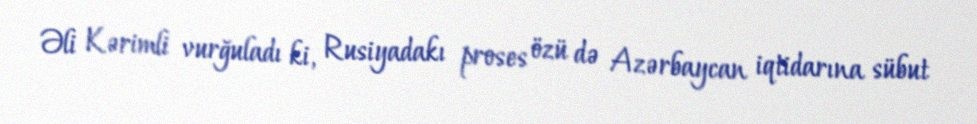
Əli Kərimli vurğuladı ki, Rusiyadakı proses özü də Azərbaycan iqtidarına sübut